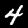
Label: 4